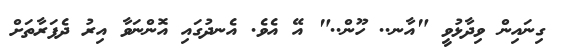
ގިނައިން ވިދާޅުވީ "އާނ.. ހޫން.." އޭ އެވެ. އެނދުގައި އޮންނަވާ އިރު ދެފަރާތަށް